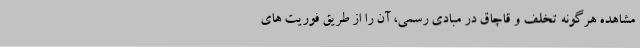
مشاهده هرگونه تخلف و قاچاق در مبادی رسمی، آن را از طریق فوریت های